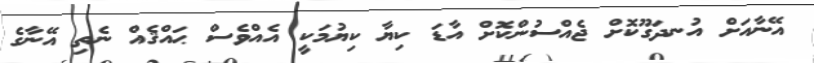
އޭނާއަށް އުނދަގޫކޮށް ޖެއްސުންކޮށް އާޑަ ކިޔާ ކިޔުމަކީ އެއްވެސް ޙައްޤެއް ނެތި އޭނާގެ